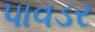
પાવડર